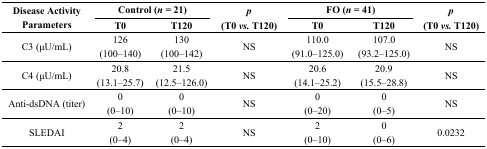
| <ROWSPAN=2> Disease Activity Parameters | <COLSPAN=2> Control (n = 21) | p | <COLSPAN=2> FO (n = 41) | p |
 | T0 | T120 | (T0 vs. T120) | T0 | T120 | (T0 vs. T120) |
 | --- | --- | --- | --- | --- | --- | --- |
 | <ROWSPAN=2> C3 (μU/mL) | 126 | 130 | <ROWSPAN=2> NS | 110.0 | 107.0 | <ROWSPAN=2> NS |
 | (100–140) | (100–142) | (91.0–125.0) | (93.2–125.0) |
 | <ROWSPAN=2> C4 (μU/mL) | 20.8 | 21.5 | <ROWSPAN=2> NS | 20.6 | 20.9 | <ROWSPAN=2> NS |
 | (13.1–25.7) | (12.5–126.0) | (14.1–25.2) | (15.5–28.8) |
 | <ROWSPAN=2> Anti-dsDNA (titer) | 0 | 0 | <ROWSPAN=2> NS | 0 | 0 | <ROWSPAN=2> NS |
 | (0–10) | (0–10) | (0–20) | (0–5) |
 | <ROWSPAN=2> SLEDAI | 2 | 2 | <ROWSPAN=2> NS | 2 | 0 | <ROWSPAN=2> 0.0232 |
 | (0–4) | (0–4) | (0–10) | (0–6) |